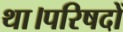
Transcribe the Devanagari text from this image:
था।परिषदों